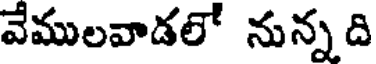
వేములవాడలో నున్నది